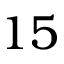
1 5